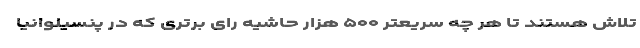
تلاش هستند تا هر چه سریعتر ۵۰۰ هزار حاشیه رای برتری که در پنسیلوانیا